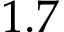
1 . 7